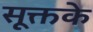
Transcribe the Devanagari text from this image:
सूक्तके